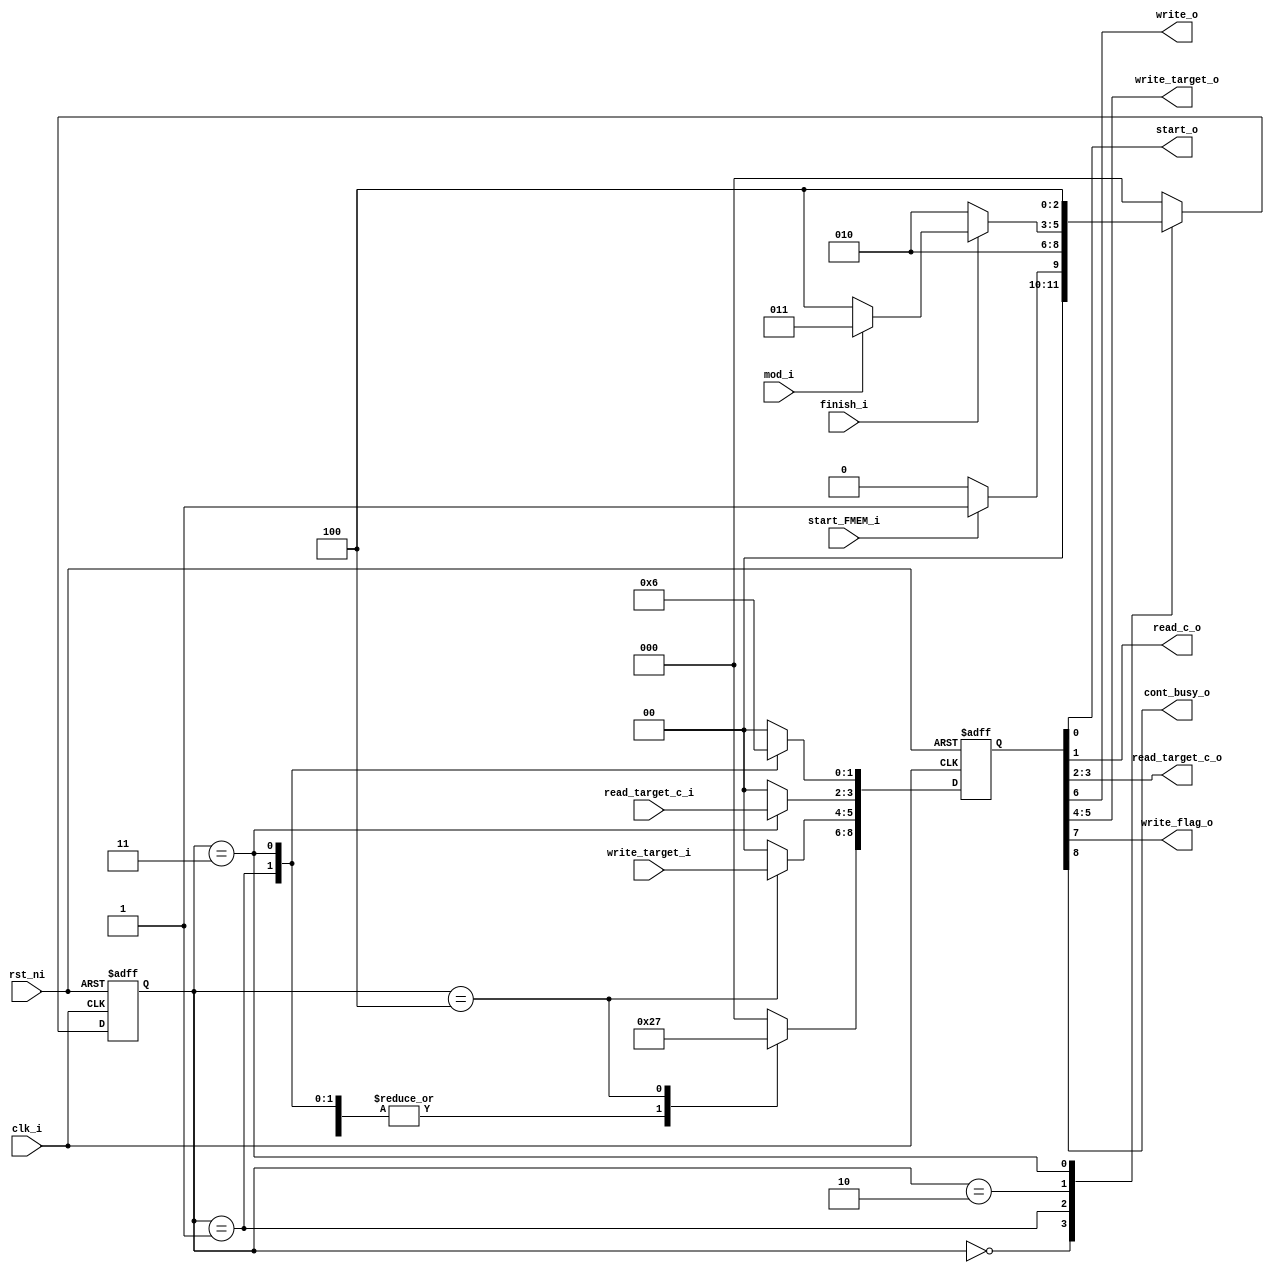
//
// Verilog Module Multiplexer_Accelarator_lib.Mul_Cont
//
// Created:
//          by - rossy.UNKNOWN (SHOHAM)
//          at - 17:53:18 01/20/2024
//
// using Mentor Graphics HDL Designer(TM) 2019.2 (Build 5)
//

`resetall
`timescale 1ns/10ps


module control (clk_i, rst_ni, start_FMEM_i, mod_i, finish_i, write_target_i,
read_target_c_i, start_o, read_c_o, read_target_c_o, write_o, write_target_o, write_flag_o, cont_busy_o);

	parameter DATA_WIDTH = 32;
	parameter BUS_WIDTH = 64;
	parameter ADDR_WIDTH = 16;
	localparam MAX_DIM = BUS_WIDTH/DATA_WIDTH;
	parameter SP_NTARGETS = 4;

	parameter [2:0] IDLE = 3'b000,
					MUL_START = 3'b001,
					MUL_FINISH = 3'b010,
					ADD_C = 3'b011,
					SP_WRITE = 3'b100;


	input wire clk_i;
	input wire rst_ni;
	
	input wire mod_i;
	input wire start_FMEM_i;
	input wire finish_i;

	input wire [1:0] write_target_i;
	input wire [1:0] read_target_c_i;

	output wire start_o;
	output wire read_c_o;
	output wire write_o;

	output wire [SP_NTARGETS/4:0] read_target_c_o;
	output wire [SP_NTARGETS/4:0] write_target_o;

	output wire write_flag_o;
	output wire cont_busy_o;


	reg [2:0] current_state;
	reg [2:0] next_state;

	reg [8:0] out_sigs;//0 start_o, 1 read_c_o, 2-3 read_target_c_o, 4-5 write_target_o, 6 write_o, 7 write_flag_o, 8 busy
	reg [8:0] next_out_sigs;
	
	
	integer i;
	always @(posedge clk_i or negedge rst_ni) begin: CONT
		if(!rst_ni)
		begin
			current_state <= 0;
			out_sigs <= 0;
		end
		else
		begin
			current_state <= next_state;
			out_sigs <= next_out_sigs;
		end
	end


	
	always @(*) begin: CONTROL_FSM
		next_out_sigs = 9'b000000000;
		next_state = IDLE;
		case(current_state)
			IDLE: 
			begin
				next_out_sigs = 9'b00000000; 	//write_o = 0;
				if(start_FMEM_i) 
					next_state = MUL_START;
			end

			MUL_START:
			begin
				next_out_sigs = 9'b100000001; 	 //start_o = 1;
				next_state = MUL_FINISH;
			end
			
			MUL_FINISH: 
			begin
				next_out_sigs = 9'b100000000; // disable all signals in FSM
				if(finish_i)
				begin
					if(mod_i) 
						next_state = ADD_C;
					else 
						next_state = SP_WRITE;
				end
				else
					next_state = MUL_FINISH;
			end
			
			ADD_C: 
			begin
				next_out_sigs[1:0] = 2'b10; //read_c_o = 1, start_o = 0
				next_out_sigs[3:2] = read_target_c_i; // read_target_c_o = read_target_c_i
				next_out_sigs[8:4] = 5'b10000; //write_flag_o = 0, write_o = 0, write_target_o = 0 
				next_state = SP_WRITE;
			end

			SP_WRITE: 
			begin
				next_out_sigs[3:0] = 4'b0000; // start_o = 0, read_c_o = 0, read_target_c_o = 0
				next_out_sigs[5:4] = write_target_i; // write_target_o = write_target_i
				next_out_sigs[8:6] = 3'b111; //write_flag_o = 1, write_o = 1
				next_state = IDLE;				
			end

			
			default : 
			begin
				next_state = IDLE;
				next_out_sigs = 9'b000000000;
			end

		endcase
	end


	assign start_o = out_sigs[0];
	assign read_c_o = out_sigs[1];

	case(SP_NTARGETS)
	4: assign read_target_c_o = out_sigs[3:2];
	default: assign read_target_c_o = out_sigs[2];
	endcase

	case(SP_NTARGETS)
	4: assign write_target_o = out_sigs[5:4];
	default: assign write_target_o = out_sigs[4];
	endcase

	assign write_o = out_sigs[6];
	assign write_flag_o = out_sigs[7];
	assign cont_busy_o = out_sigs[8];

endmodule